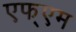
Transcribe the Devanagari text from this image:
एफ्एम